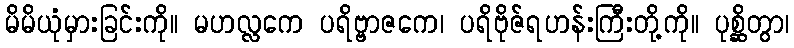
မိမိယုံမှားခြင်းကို။ မဟလ္လကေ ပရိဗ္ဗာဇကေ၊ ပရိဗိုဇ်ရဟန်းကြီးတို့ကို။ ပုစ္ဆိတွာ၊